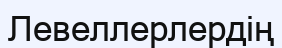
Левеллерлердің